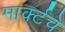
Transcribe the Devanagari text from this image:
मार्क्टचे